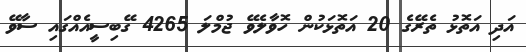
އަދި އަތޮޅު ތެރޭގެ 20 އަތޮޅަކުން ހޮވާލެވޭ ޖުމްލަ 4265 ގޭބިސީއެއްގައި ސާވޭ